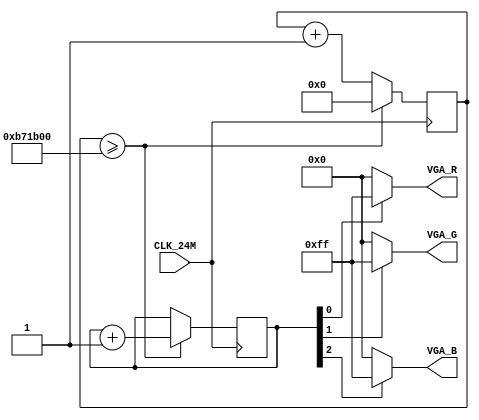
// This program was cloned from: https://github.com/furrtek/Neogeo_MiSTer_old
// License: GNU General Public License v2.0

module DAC_test(
	input CLK_24M,
	output [7:0] VGA_R,
	output [7:0] VGA_G,
	output [7:0] VGA_B
);	
	// VGA DAC tester
	reg [23:0] TEMP;
	reg [2:0] TEST_COLOR;
	
	always @(posedge CLK_24M)
	begin
		TEMP <= TEMP + 1'b1;
		if (TEMP >= 24'd12000000)
		begin
			TEMP <= 24'd0;
			TEST_COLOR <= TEST_COLOR + 1'b1;
		end
	end
	
	assign VGA_R = TEST_COLOR[0] ? 8'hFF : 8'h00;
	assign VGA_G = TEST_COLOR[1] ? 8'hFF : 8'h00;
	assign VGA_B = TEST_COLOR[2] ? 8'hFF : 8'h00;
endmodule